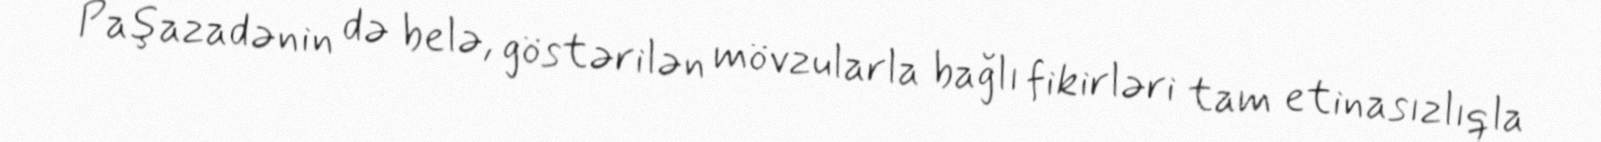
Paşazadənin də belə, göstərilən mövzularla bağlı fikirləri tam etinasızlıqla